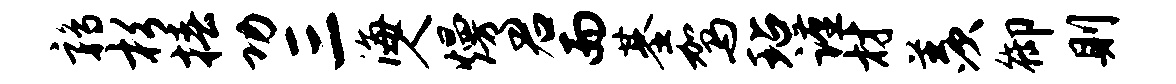
鹑杉椿功三海人熳君而基驾玷谨材羡御则